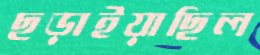
ছড়াইয়াছিল